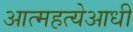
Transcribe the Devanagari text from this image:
आत्महत्येआधी